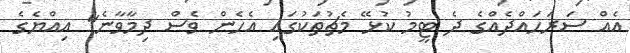
އެއް ސަރަހައްދެއްގެ ދެ ޓީމު ކުޅޭޭ މެޗުތަކުގައި އެހެެން ވެސް ދިމާވާނެ" އިއްޔެގެ